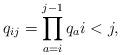
LaTeX: \begin{gather*}q_{ij}=\prod_{a=i}^{j-1} q_a i < j,\end{gather*}